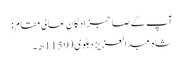
آپ کے صاحبزادگان عالی مقام :
شاہ عبد العزیز دہلوی ( 1159ھ۔